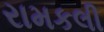
રામકલી